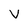
Character: V